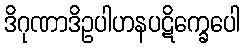
ဒိဂုဏာဒိဥပါဟနပဋိက္ခေပေါ